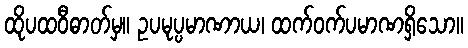
ထိုပထဝီဓာတ်မှ။ ဥပမုပ္ပမာဏာယ၊ ထက်ဝက်ပမာဏရှိသော။